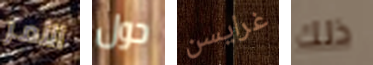
الأمر حول غرايسن ذلك